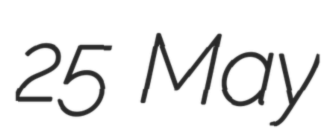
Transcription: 25 May